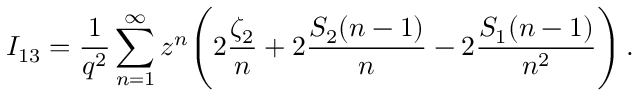
I _ { 1 3 } = \frac { 1 } { q ^ { 2 } } \sum _ { n = 1 } ^ { \infty } z ^ { n } \Biggl ( 2 \frac { \zeta _ { 2 } } { n } + 2 \frac { S _ { 2 } ( n - 1 ) } { n } - 2 \frac { S _ { 1 } ( n - 1 ) } { n ^ { 2 } } \Biggr ) \, .